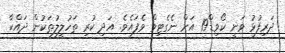
ދަރިފުޅު ވަނީ ކޯވިޑް19 އަށް ނެގެޓިވް ވެފައެވެ. އަދި ކުރި ތަހުލީލުތަކުން ދައްކާ